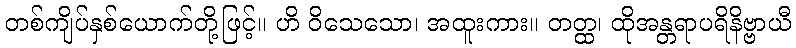
တစ်ကျိပ်နှစ်ယောက်တို့ဖြင့်။ ဟိ ဝိသေသော၊ အထူးကား။ တတ္ထ၊ ထိုအန္တရာပရိနိဗ္ဗာယီ